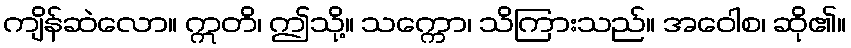
ကျိန်ဆဲလော။ ဣတိ၊ ဤသို့။ သက္ကော၊ သိကြားသည်။ အဝေါစ၊ ဆို၏။